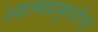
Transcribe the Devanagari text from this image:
आत्मप्रकृतीचे